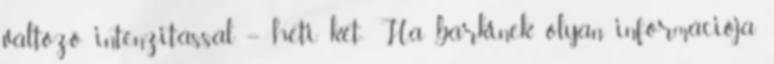
változó intenzitással – heti két- Ha bárkinek olyan információja